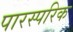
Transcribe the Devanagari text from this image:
पारस्‍परिक